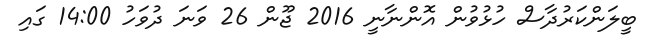
ބީލަންކަރުދާސް ހުޅުވުން އޮންނާނީ 2016 ޖޫން 26 ވަނަ ދުވަހު 14:00 ގައި